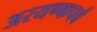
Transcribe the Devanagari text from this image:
अरयण्कपर्व